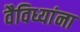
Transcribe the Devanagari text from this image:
वैविध्यांना